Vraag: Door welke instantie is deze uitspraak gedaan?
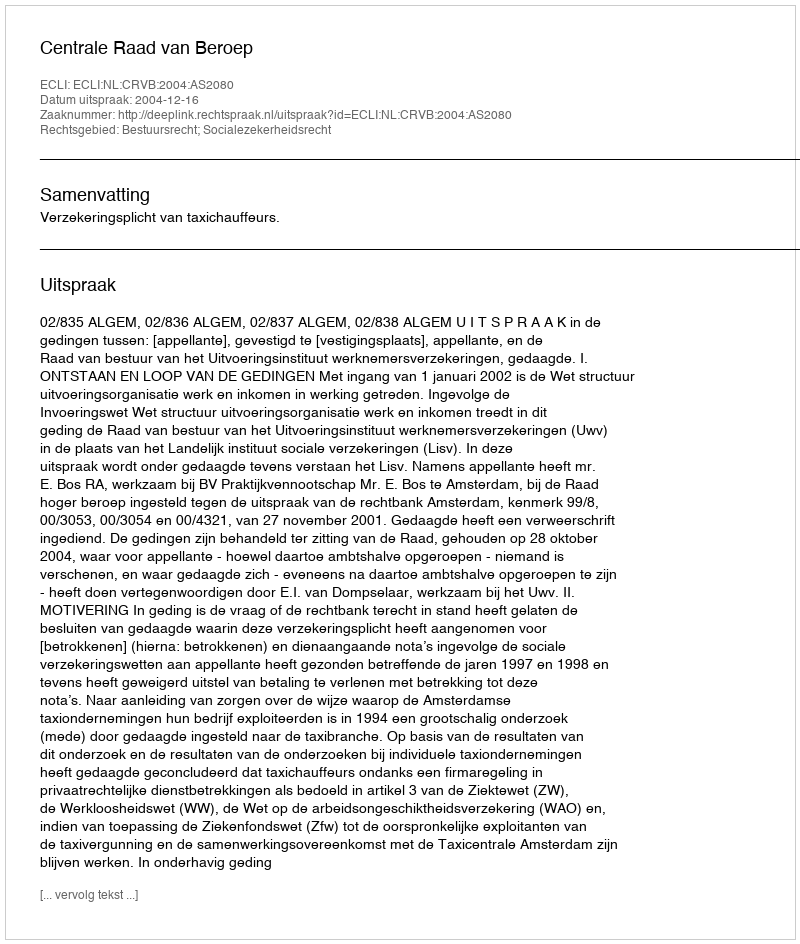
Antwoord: Centrale Raad van Beroep